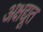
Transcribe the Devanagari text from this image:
अक्षद्यूत